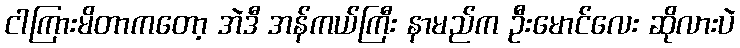
ငါကြားမိတာကတော့ အဲဒီ အန်ကယ်ကြီး နာမည်က ဦးမောင်လေး ဆိုလားပဲ